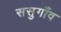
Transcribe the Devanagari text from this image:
ससुगाँव